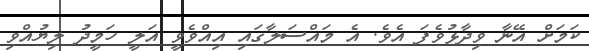
ކަމަށް އޭނާ ވިދާޅުވެފަ އެވެ. އެ މައްސަލާގައި އިއްވެވީ އަލީ ހަމީދު ލިޔުއްވި